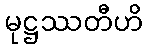
မုဋ္ဌဿတီဟိ